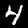
Digit: 4